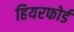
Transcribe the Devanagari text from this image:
हियरफोर्ड